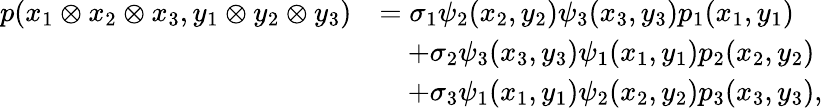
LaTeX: \begin{array}{rl}{p(x_{1}\otimes x_{2}\otimes x_{3},y_{1}\otimes y_{2}\otimes y_{3})}&{=\sigma_{1}\psi_{2}(x_{2},y_{2})\psi_{3}(x_{3},y_{3})p_{1}(x_{1},y_{1})}\\ &{\quad+\sigma_{2}\psi_{3}(x_{3},y_{3})\psi_{1}(x_{1},y_{1})p_{2}(x_{2},y_{2})}\\ &{\quad+\sigma_{3}\psi_{1}(x_{1},y_{1})\psi_{2}(x_{2},y_{2})p_{3}(x_{3},y_{3}),}\end{array}